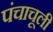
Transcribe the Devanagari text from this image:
पंचाचूली